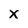
Character: X